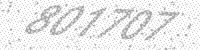
Solution: 801707